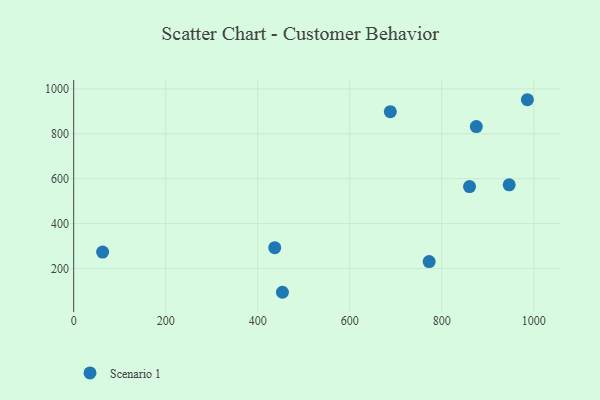
{"axis": {"x": "Experience", "y": "Rating"}, "legend": ["Scenario 1"], "data": [{"x": "986.1", "y": 951.6, "type": "Scenario 1"}, {"x": "860.4", "y": 564.8, "type": "Scenario 1"}, {"x": "62.9", "y": 273.1, "type": "Scenario 1"}, {"x": "688.2", "y": 898.4, "type": "Scenario 1"}, {"x": "875.1", "y": 831.9, "type": "Scenario 1"}, {"x": "772.6", "y": 230.8, "type": "Scenario 1"}, {"x": "946.6", "y": 572.4, "type": "Scenario 1"}, {"x": "453.7", "y": 94.0, "type": "Scenario 1"}, {"x": "437.0", "y": 292.5, "type": "Scenario 1"}]}